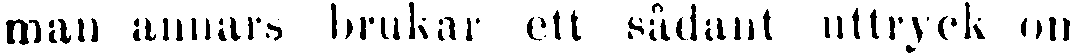
man annars brukar ett sådant uttryck om